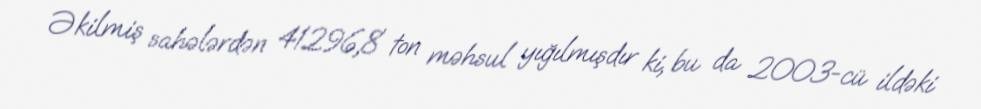
Əkilmiş sahələrdən 41296,8 ton məhsul yığılmışdır ki, bu da 2003-cü ildəki